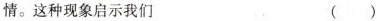
情。这种现象启示我们 ()